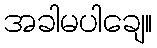
အခါမပါချေ။